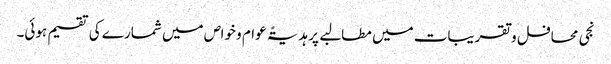
نجی محافل و تقریبات میں مطالبے پر ہدیۃً عوام و خواص میں شمارے کی تقسیم ہوئی۔